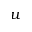
u